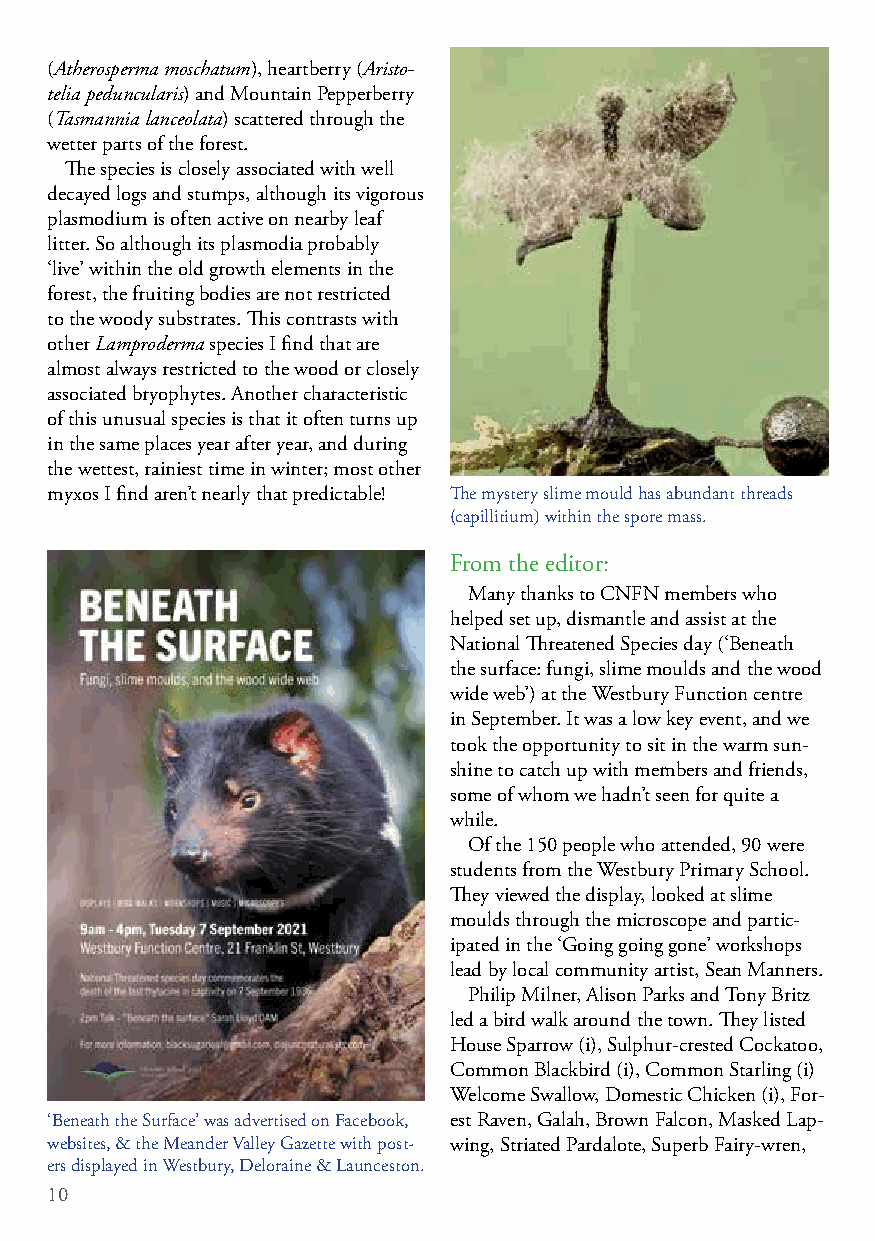
(Atherosperma moschatum), heartberry (Aristo-
 telia peduncularis) and Mountain Pepperberry
 (Tasmannia lanceolata) scattered through the
 wetter parts of the forest.
 The species is closely associated with well
 decayed logs and stumps, although its vigorous
 plasmodium is often active on nearby leaf
 litter. So although its plasmodia probably
 ‘live’ within the old growth elements in the
 forest, the fruiting bodies are not restricted
 to the woody substrates. This contrasts with
 other Lamproderma species I find that are
 almost always restricted to the wood or closely
 associated bryophytes. Another characteristic
 of this unusual species is that it often turns up
 in the same places year after year, and during
 the wettest, rainiest time in winter; most other
 myxos I find aren’t nearly that predictable! The mystery slime mould has abundant threads
 (capillitium) within the spore mass.
 From the editor:
 Many thanks to CNFN members who
 helped set up, dismantle and assist at the
 National Threatened Species day (‘Beneath
 the surface: fungi, slime moulds and the wood
 wide web’) at the Westbury Function centre
 in September. It was a low key event, and we
 took the opportunity to sit in the warm sun-
 shine to catch up with members and friends,
 some of whom we hadn’t seen for quite a
 while.
 Of the 150 people who attended, 90 were
 students from the Westbury Primary School.
 They viewed the display, looked at slime
 moulds through the microscope and partic-
 ipated in the ‘Going going gone’ workshops
 lead by local community artist, Sean Manners.
 Philip Milner, Alison Parks and Tony Britz
 led a bird walk around the town. They listed
 House Sparrow (i), Sulphur-crested Cockatoo,
 Common Blackbird (i), Common Starling (i)
 Welcome Swallow, Domestic Chicken (i), For-
 ‘Beneath the Surface’ was advertised on Facebook, est Raven, Galah, Brown Falcon, Masked Lap-
 websites, & the Meander Valley Gazette with post- wing, Striated Pardalote, Superb Fairy-wren,
 ers displayed in Westbury, Deloraine & Launceston.
 10